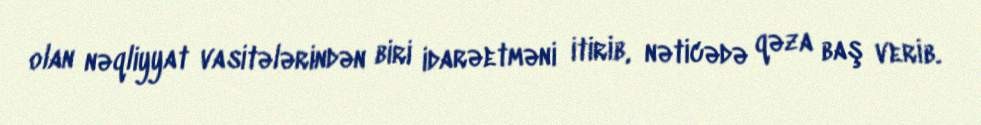
olan nəqliyyat vasitələrindən biri idarəetməni itirib, nəticədə qəza baş verib.